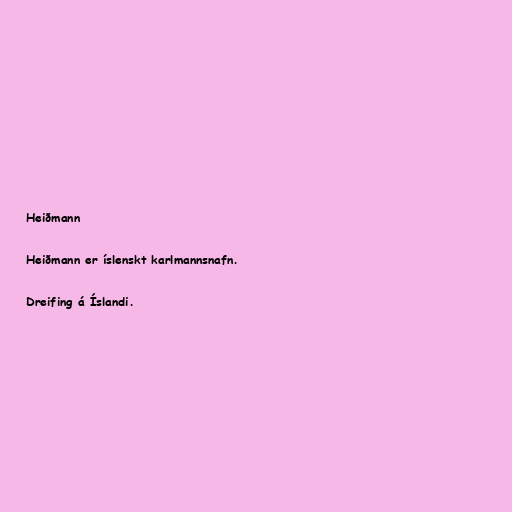
Heiðmann

Heiðmann er íslenskt karlmannsnafn.

Dreifing á Íslandi.